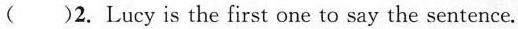
( )2. Lucy is the first one to say the sentence.